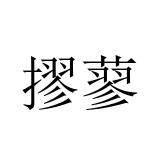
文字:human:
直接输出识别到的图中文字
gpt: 摎蓼